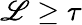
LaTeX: \mathscr{L}\geq\tau